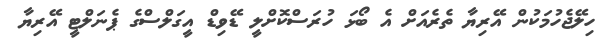
ހިލޭޖެހުމަކުން އޭރިޔާ ތެރެއަށް އެ ބޯޅަ ހުރަސްކޮށްލީ ޑޭވިޑް އީގަލްސްގެ ޕެނަލްޓީ އޭރިޔާ